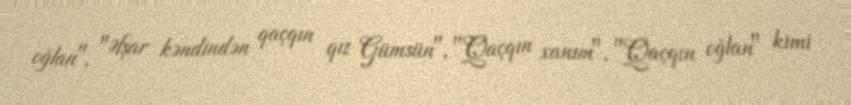
oğlan", "Əfşar kəndindən qaçqın qız Gümsün", "Qaçqın xanım", "Qaçqın oğlan" kimi